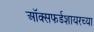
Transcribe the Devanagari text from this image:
ऑक्सफर्डशायरच्या